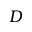
D